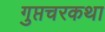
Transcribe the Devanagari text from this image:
गुप्तचरकथा